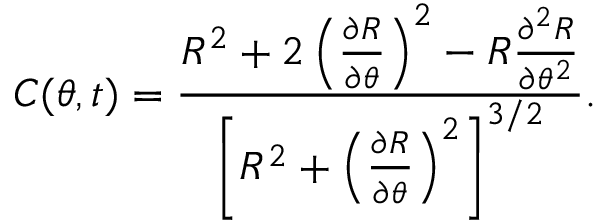
C ( \theta , t ) = \frac { R ^ { 2 } + 2 \left( \frac { \partial R } { \partial \theta } \right) ^ { 2 } - R \frac { \partial ^ { 2 } R } { \partial \theta ^ { 2 } } } { \left[ R ^ { 2 } + \left( \frac { \partial R } { \partial \theta } \right) ^ { 2 } \right] ^ { 3 / 2 } } .